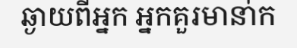
ឆ្ងាយពីអ្នក អ្នកគួរមានា់ក